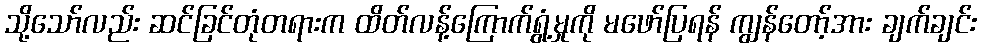
သို့သော်လည်း ဆင်ခြင်တုံတရားက ထိတ်လန့်ကြောက်ရွံ့မှုကို မဖော်ပြရန် ကျွန်တော့်အား ချက်ချင်း